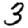
Digit: 3